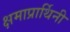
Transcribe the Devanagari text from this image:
क्षमाप्रार्थिनी